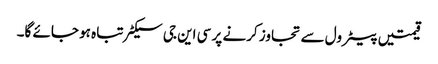
قیمتیں پیٹرول سے تجاوز کرنے پر سی این جی سیکٹر تباہ ہو جائے گا۔